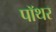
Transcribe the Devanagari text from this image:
पॉथर